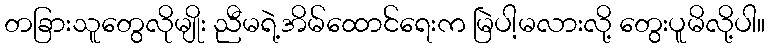
တခြားသူတွေလိုမျိုး ညီမရဲ့အိမ်ထောင်ရေးက မြဲပါ့မလားလို့ တွေးပူမိလို့ပါ။